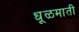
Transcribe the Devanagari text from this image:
धूळमाती